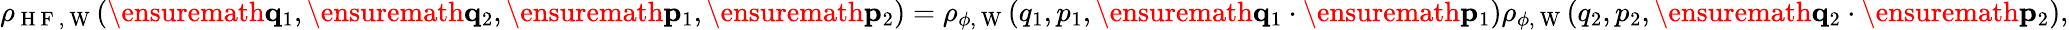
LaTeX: \begin{array}{r}{\rho_{\mathrm{~H~F~},\mathrm{~W~}}(\ensuremath{\mathbf{q}}_{1},\ensuremath{\mathbf{q}}_{2},\ensuremath{\mathbf{p}}_{1},\ensuremath{\mathbf{p}}_{2})=\rho_{\phi,\mathrm{~W~}}(q_{1},p_{1},\ensuremath{\mathbf{q}}_{1}\cdot\ensuremath{\mathbf{p}}_{1})\rho_{\phi,\mathrm{~W~}}(q_{2},p_{2},\ensuremath{\mathbf{q}}_{2}\cdot\ensuremath{\mathbf{p}}_{2}),}\end{array}